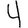
Digit: 4